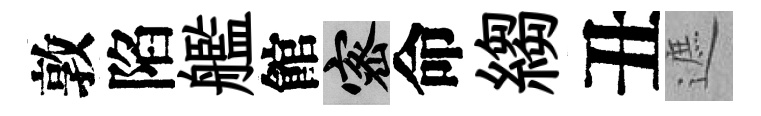
敦陷艦館密命縐丑遮